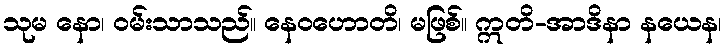
သုမ နော၊ ဝမ်းသာသည်။ နေဝဟောတိ၊ မဖြစ်။ ဣတိ-အာဒိနာ နယေန၊